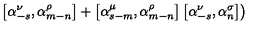
\left. \left[ { \alpha } _ { - s } ^ { \nu } , { \alpha } _ { m - n } ^ { \rho } \right] + \left[ { \alpha } _ { s - m } ^ { \mu } , { \alpha } _ { m - n } ^ { \rho } \right] \left[ { \alpha } _ { - s } ^ { \nu } , { \alpha } _ { n } ^ { \sigma } \right] \right)